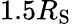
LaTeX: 1.5R_{\mathrm{S}}